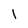
Character: 1